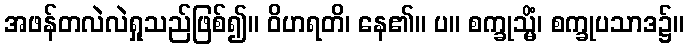
အဖန်တလဲလဲရှုသည်ဖြစ်၍။ ဝိဟရတိ၊ နေ၏။ ပ။ စက္ခုသ္မိံ၊ စက္ခုပသာဒ၌။